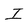
Character: I